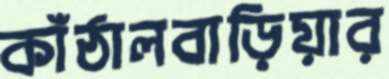
কাঁঠালবাড়িয়ার